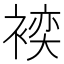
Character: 𲀺